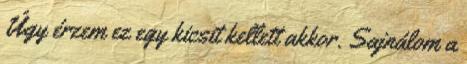
Úgy érzem ez egy kicsit kellett akkor. Sajnálom a